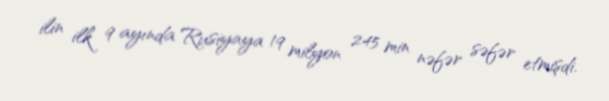
ilin ilk 9 ayında Rusiyaya 19 milyon 245 min nəfər səfər etmişdi.